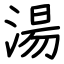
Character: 湯